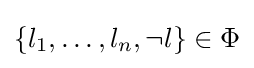
\{l_{1},\dots ,l_{n},\neg l\}\in \Phi